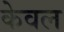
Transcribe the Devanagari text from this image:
केेवल